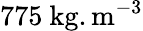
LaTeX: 775~\mathrm{kg}.\mathrm{m}^{-3}